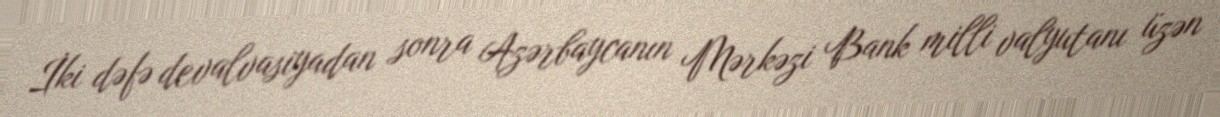
İki dəfə devalvasiyadan sonra Azərbaycanın Mərkəzi Bank milli valyutanı üzən